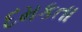
દમકતા